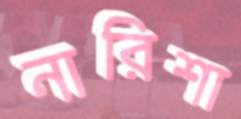
নারিশা